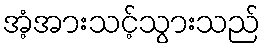
အံ့အားသင့်သွားသည်